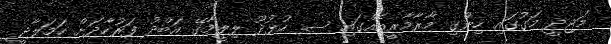
މަޖިދީ މަގުގައި ހިންގި މާރާމާރީއެއްގައި ސ. ހުޅުދޫ ލިލީމާގޭ އަބްދު ފަރުހާދަށް ހަމަލާދީ